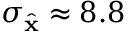
\sigma _ { \hat { \mathbf { x } } } \approx 8 . 8